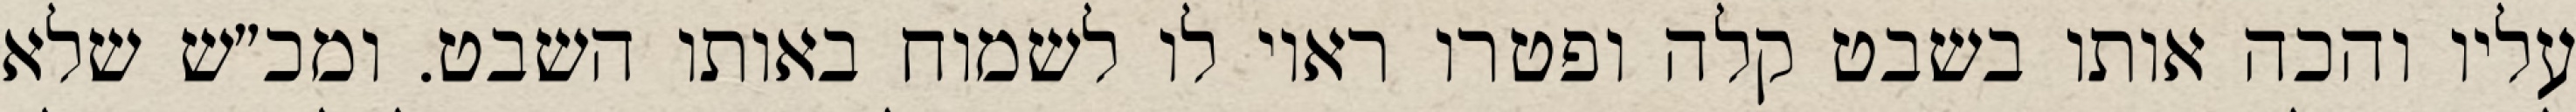
עליו והכה אותו בשבט קלה ופטרו ראוי לו לשמוח באותו השבט. ומכ״ש שלא